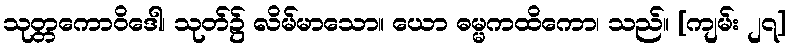
သုတ္တကောဝိဒေါ၊ သုတ်၌ လိမ်မာသော။ ယော ဓမ္မကထိကော၊ သည်။ [ကျမ်း ၂၇]